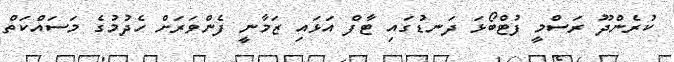
ކުރެންދޫ ރަސްމީ ފުޓްބޯޅަ ދަނޑުގައި ޓާފް އަޅައި ޒަމާނީ ފެންވަރަށް ހެދުމުގެ މަސައްކަތް